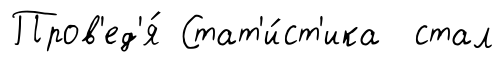
Пров'ед'я́ Стат'и́ст'ика стал